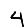
Digit: 4